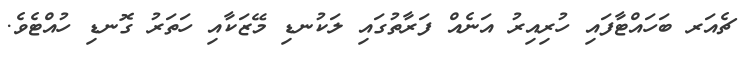
ޗެއަރ ބަހައްޓާފައި ހުރިއިރު އަނެއް ފަރާތުގައި ލަކުނޑި މޭޒަކާއި ހަތަރު ގޮނޑި ހުއްޓެވެ.